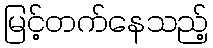
မြင့်တက်နေသည့်